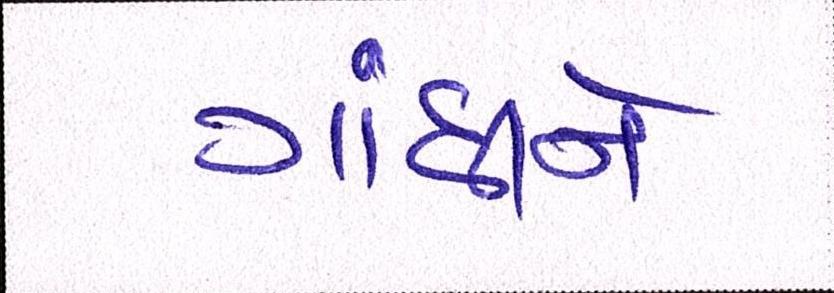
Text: ગાંધીને